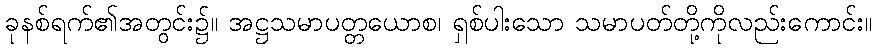
ခုနစ်ရက်၏အတွင်း၌။ အဋ္ဌသမာပတ္တယောစ၊ ရှစ်ပါးသော သမာပတ်တို့ကိုလည်းကောင်း။